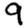
Digit: 9